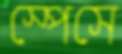
স্পেসে